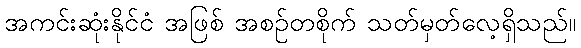
အကင်းဆုံးနိုင်ငံ အဖြစ် အစဉ်တစိုက် သတ်မှတ်လေ့ရှိသည်။